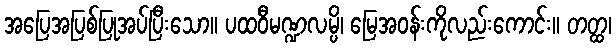
အပြေအပြစ်ပြုအပ်ပြီးသော။ ပထဝီမဏ္ဍလမ္ပိ၊ မြေအဝန်းကိုလည်းကောင်း။ တတ္ထ၊